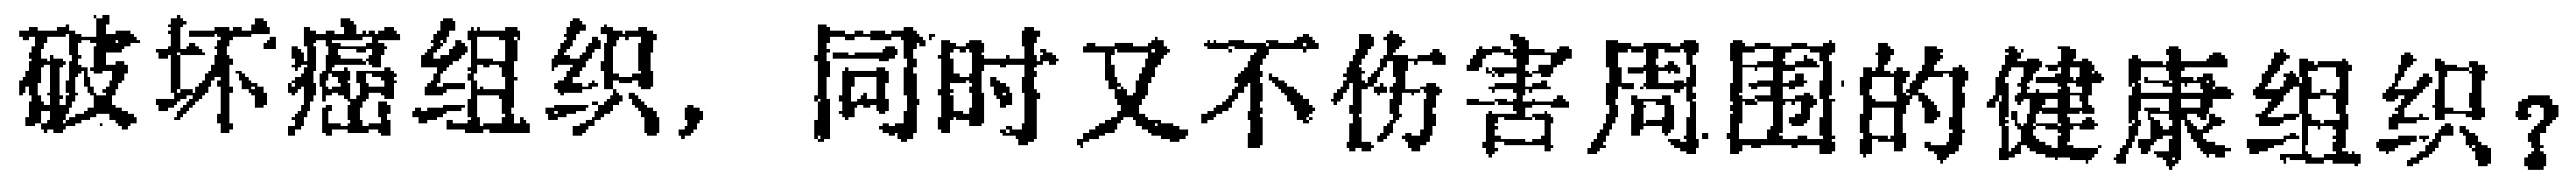
破坏癌组织, 同时又不伤害周围的健康组织？